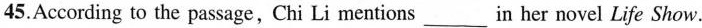
45.According to the passage,Chi Li mentions ___ in her novel Life Show.